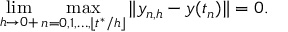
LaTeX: \operatorname* { l i m } _ { h \to 0 + } \operatorname* { m a x } _ { n = 0 , 1 , \dots , \lfloor t ^ { * } / h \rfloor } \| y _ { n , h } - y ( t _ { n } ) \| = 0 .